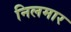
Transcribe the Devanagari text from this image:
निलमार